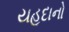
યહૂદાનો